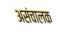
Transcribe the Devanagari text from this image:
असंचालक